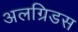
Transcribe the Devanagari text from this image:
अलग्रिडस